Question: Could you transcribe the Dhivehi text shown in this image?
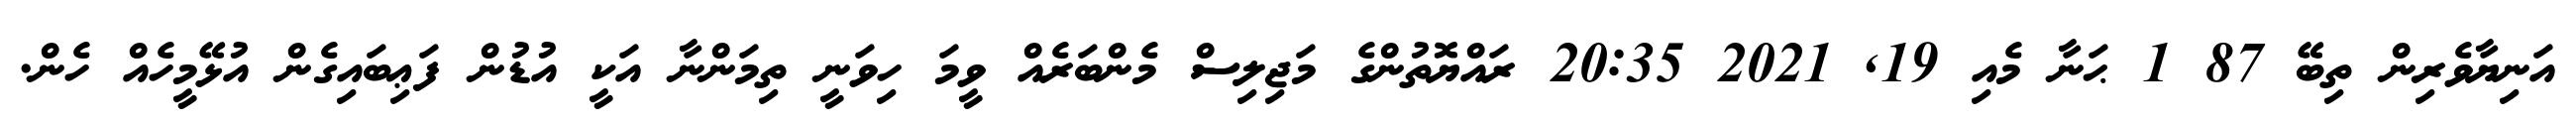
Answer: އަނިޔާވެރިން ތިބޭ 87 1 ޙަނާ މެއި 19, 2021 20:35 ރައްޔޮތުންގެ މަޖިލިސް މެންބަރެއް ވީމަ ހިވަނީ ތިމަންނާ އަކީ އުޑުން ފަޢިބައިގެން އުޅޭމީހެއް ހެން.